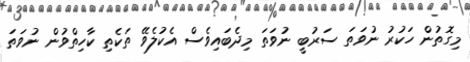
މިގޮތުން ހަކުރު ނުވަތަ ސަރުބީ ނުވަތަ މިދެބައިވެސް އެކުލެވޭ ތަކެތި ކާހިތްވުން ނުވަތަ